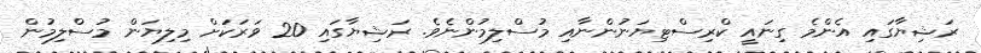
ރަޝިޔާގައި އެންމެ ގިނައީ ކްރިސްޓިޔަނުންނާއި މުސްލިމުންނެވެ. ރަޝިޔާގައި 20 ވަރަކަށް މިލިޔަން މުސްލިމުން